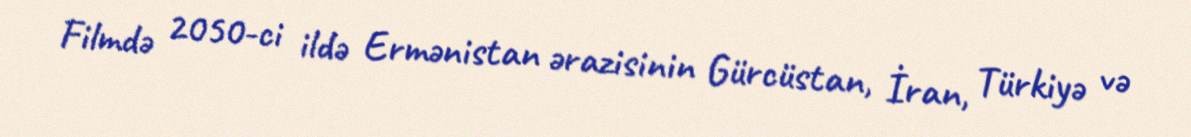
Filmdə 2050-ci ildə Ermənistan ərazisinin Gürcüstan, İran, Türkiyə və